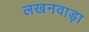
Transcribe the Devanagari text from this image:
लखनवाड़ा